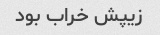
زیپش خراب بود